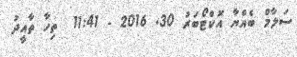
ސަލާމް ބެއްޔާ އޮކްޓޯބަރު 30